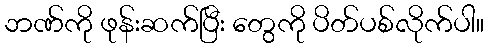
ဘဏ်ကို ဖုန်းဆက်ပြီး တွေကို ပိတ်ပစ်လိုက်ပါ။